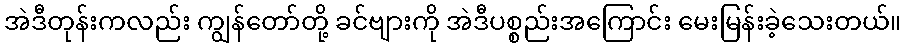
အဲဒီတုန်းကလည်း ကျွန်တော်တို့ ခင်ဗျားကို အဲဒီပစ္စည်းအကြောင်း မေးမြန်းခဲ့သေးတယ်။